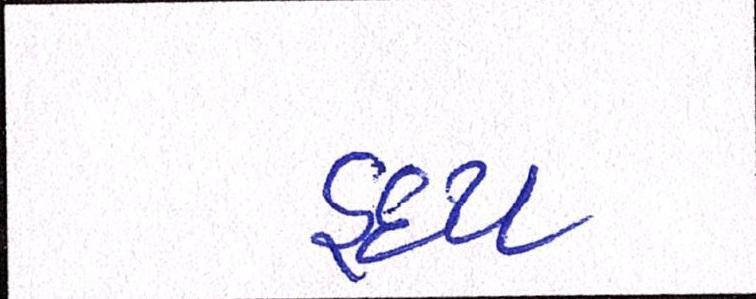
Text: હૃદય